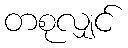
တစုလျှင်